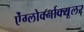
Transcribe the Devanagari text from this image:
ऐंग्लोवर्नाक्यूलर